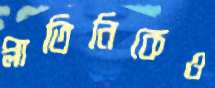
প্লাতিনিকেও